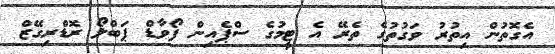
އެގޮތުން އިތުރު ވަގުތުގެ ތެރޭ އެ ޓީމުގެ ސްޕެއިން ފޯވާޑް ޕަބްލޯ ރޮޑްރިގޭޒް